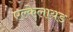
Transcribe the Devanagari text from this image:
एल्केलायड